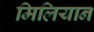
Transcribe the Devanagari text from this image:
मिलियान